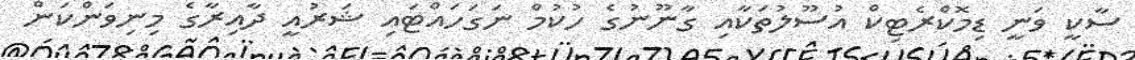
ސާކީ ވަނީ ޑިމޮކްރެޓިކް އުސޫލުތަކާއި ގާނޫނުގެ ހުކުމް ނަގަހައްޓައި ޝަރުއީ ދާއިރާގެ މިނިވަަންކަން